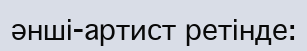
әнші-артист ретінде: